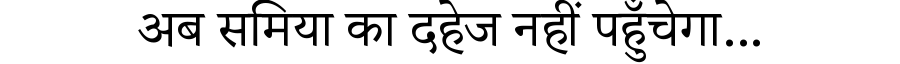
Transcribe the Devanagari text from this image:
अब समिया का दहेज नहीं पहुँचेगा...